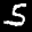
Label: 5